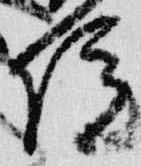
院